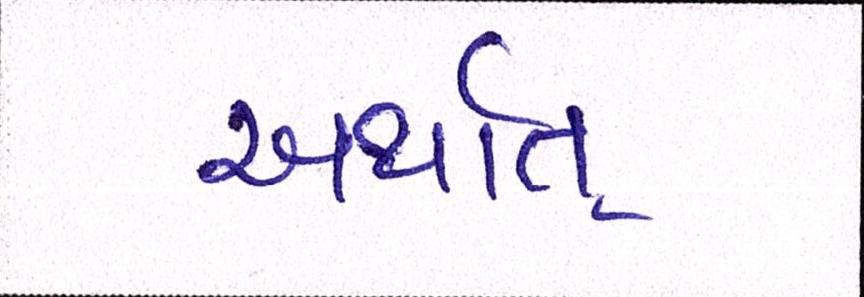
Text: અર્થાત્